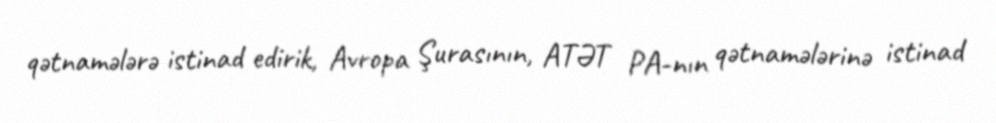
qətnamələrə istinad edirik, Avropa Şurasının, ATƏT PA-nın qətnamələrinə istinad